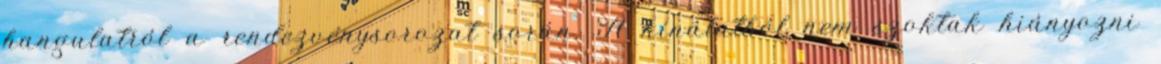
hangulatról a rendezvénysorozat során. A kínálatból nem szoktak hiányozni